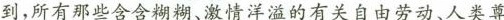
到，所有那些含含糊糊、激情洋溢的有关自由劳动、人类尊